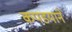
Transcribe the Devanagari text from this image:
कपडयाने